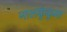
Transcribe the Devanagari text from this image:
नालकुंकुमा